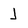
Character: J